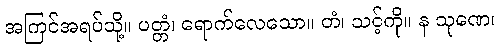
အကြင်အရပ်သို့။ ပတ္တံ၊ ရောက်လေသော။ တံ၊ သင့်ကို။ န သုဏေ၊